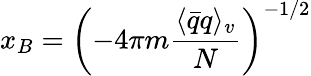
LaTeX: x_{B}=\left(-4\pi m\frac{\langle\bar{q}q\rangle_{v}}{N}\right)^{-1/2}